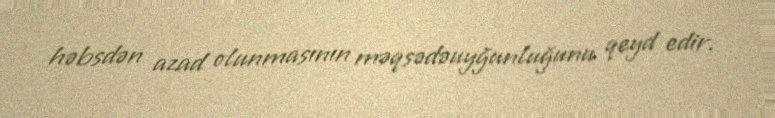
həbsdən azad olunmasının məqsədəuyğunluğunu qeyd edir.